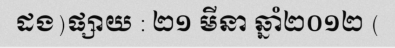
ដង)ផ្សាយ : ២១ មីនា ឆ្នាំ២០១២ (